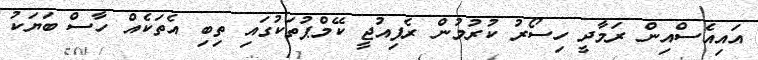
އައިއެސްއިން ރަމާދީ ހިސޯރު ކުރުމުން ރެފިއުޖީ ކޭމްޕުތަކުގައި ތިބި އެތަކެއް ހާސް ބަޔަކު